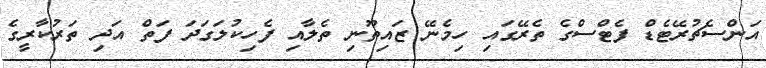
އަންސެޗުރޭޓެޑް ފެޓްސްގެ ތެރޭގައި ހިމެނޭ ޒައިތޫނި ތެލާއި ފެހިކުލަގަދަ ފަތް އަދި ތަރުކާރީގެ